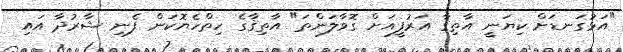
"އަޅުގަނޑަށް ކިޔަނީ އާތިޤާ އަރުފީއަށް ގޮވާލަންތަ" އާތިޤާގެ ހިތްހެޔޮކަން ފެނި ޝާރުދާ އައި